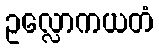
ဥလ္လောကယတံ